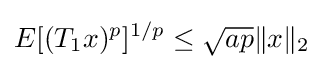
E[(T_{1}x)^{p}]^{1/p}\leq {\sqrt {ap}}\|x\|_{2}